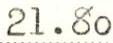
21.80